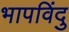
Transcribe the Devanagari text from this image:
भापविंदु